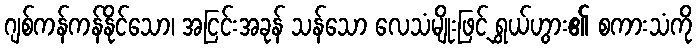
ဂျစ်ကန်ကန်နိုင်သော၊ အငြင်းအခုန် သန်သော လေသံမျိုးဖြင့် ရွှယ်ဟွား၏ စကားသံကို